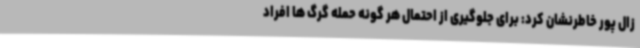
زال پور خاطرنشان کرد: برای جلوگیری از احتمال هر گونه حمله گرگ ها افراد